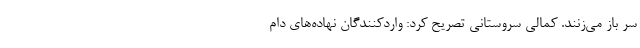
سر باز می‌زنند. کمالی سروستانی تصریح کرد: واردکنندگان نهاده‌های دام